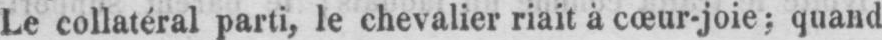
Le collatéral parti, le chevalier riait à cœur-joie; quand